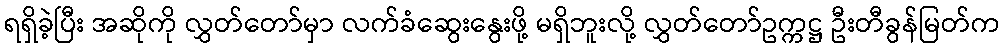
ရရှိခဲ့ပြီး အဆိုကို လွှတ်တော်မှာ လက်ခံဆွေးနွေးဖို့ မရှိဘူးလို့ လွှတ်တော်ဥက္ကဋ္ဌ ဦးတီခွန်မြတ်က